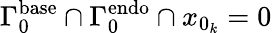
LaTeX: \Gamma_{0}^{\mathrm{base}}\cap\Gamma_{0}^{\mathrm{endo}}\cap{x_{0_{k}}=0}